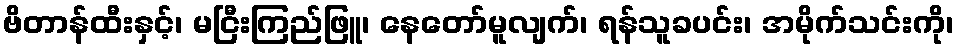
ဗိတာန်ထီးနှင့်၊ မငြီးကြည်ဖြူ၊ နေတော်မူလျက်၊ ရန်သူခပင်း၊ အမိုက်သင်းကို၊